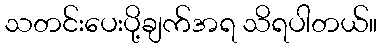
သတင်းပေးပို့ချက်အရ သိရပါတယ်။